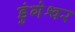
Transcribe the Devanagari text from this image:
डुंगेश्वर